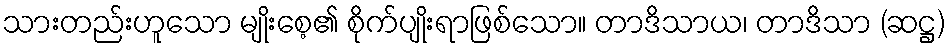
သားတည်းဟူသော မျိုးစေ့၏ စိုက်ပျိုးရာဖြစ်သော။ တာဒိသာယ၊ တာဒိသာ (ဆဋ္ဌ)